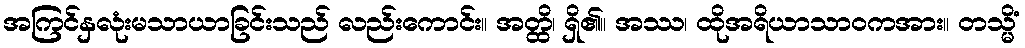
အကြင်နှလုံးမသာယာခြင်းသည် လည်းကောင်း။ အတ္ထိ၊ ရှိ၏။ အဿ၊ ထိုအရိယာသာဝကအား။ တသ္မိံ